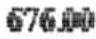
676.00